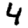
Digit: 4